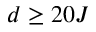
d \geq 2 0 J